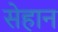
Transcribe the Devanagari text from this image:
सेहान